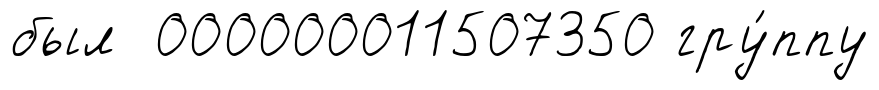
был 000000011507350 гру́ппу